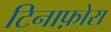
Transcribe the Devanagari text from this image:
टिनाफ़ोरा